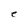
Character: e